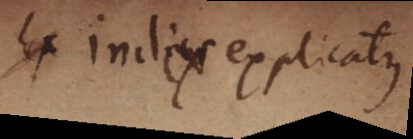
ex indes explcatis